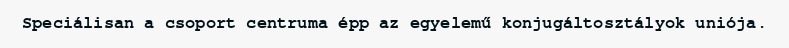
Speciálisan a csoport centruma épp az egyelemű konjugáltosztályok uniója.